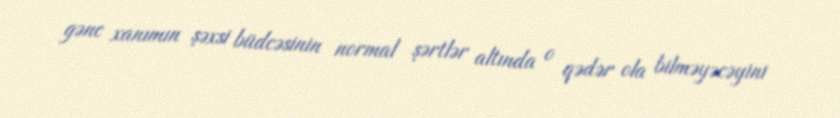
gənc xanımın şəxsi büdcəsinin normal şərtlər altında o qədər ola bilməyəcəyini